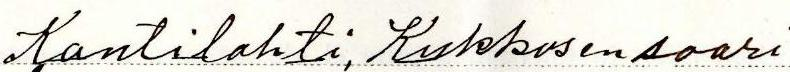
Kontilahti, Kukkosensaari